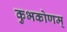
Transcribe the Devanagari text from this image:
कुभकोणम्